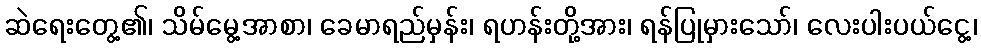
ဆဲရေးတွေ့၏၊ သိမ်မွေ့အာစာ၊ ခေမာရည်မှန်း၊ ရဟန်းတို့အား၊ ရန်ပြုမှားသော်၊ လေးပါးပယ်ငွေ့၊